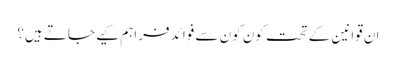
ان قوانین کے تحت کون کون سے فوائد فراہم کیے جاتے ہیں؟